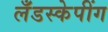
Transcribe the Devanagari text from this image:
लँडस्केपींग